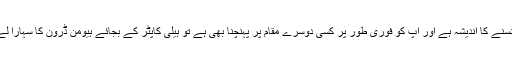
اور اگر آپ کو ٹریفک جام میں پھنسنے کا اندیشہ ہے اور آپ کو فوری طور پر کسی دوسرے مقام پر پہنچنا بھی ہے تو ہیلی کاپٹر کے بجائے ہیومن ڈرون کا سہارا لے سکتے ہیں اور وہ بھی دبئی میں۔